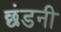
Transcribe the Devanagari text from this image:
छंडनी